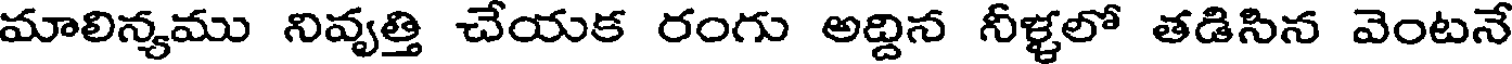
మాలిన్యము నివృత్తి చేయక రంగు అద్దిన నీళ్ళలో తడిసిన వెంటనే